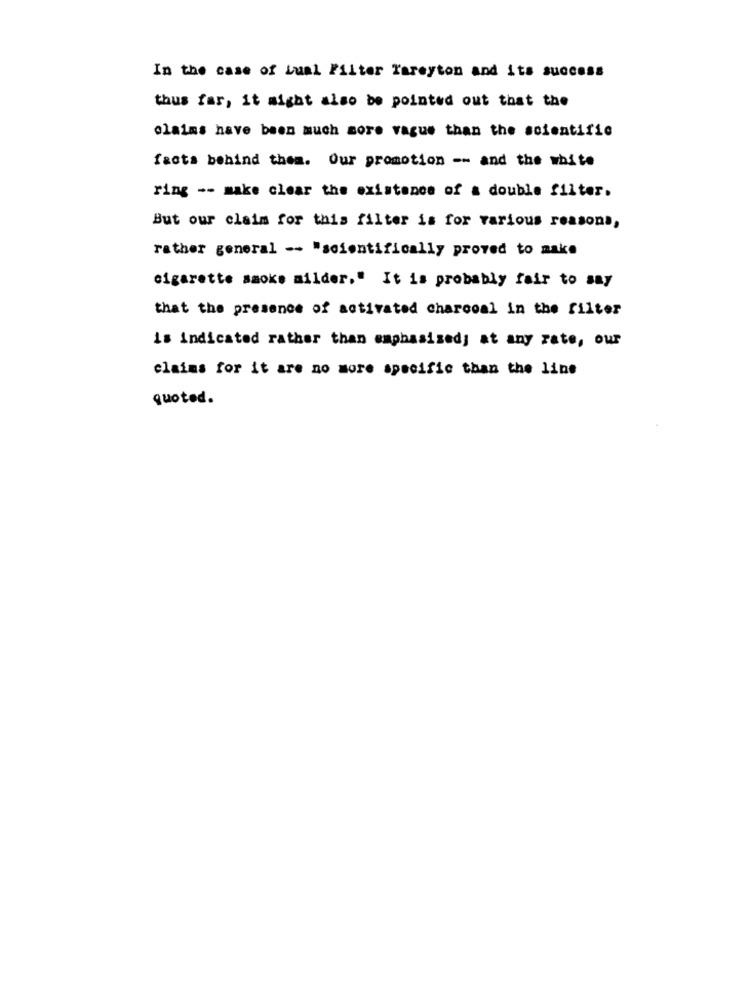
In the case of Lual Filter Tareyton and its success
thus far, it might also be pointed out that the
claims have been much more vague than the scientific
facts behind them. Our promotion -- and the white
ring -- make clear the existence of a double filter.
But our claim for this filter is for various reasons,
rather general -- "scientifically proved to make
cigarette smoke milder." It is probably fair to say
that the presence of activated charcoal in the filter
is indicated rather than emphasizedj at any rate, our
claims for it are no more specific than the line
quoted.